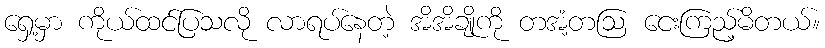
ရှေ့မှာ ကိုယ်ထင်ပြသလို လာရပ်နေတဲ့ အိအိချိုကို တအံ့တဩ ငေးကြည့်မိတယ်။